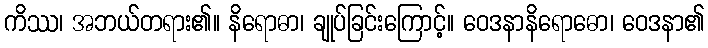
ကိဿ၊ အဘယ်တရား၏။ နိရောဓာ၊ ချုပ်ခြင်းကြောင့်။ ဝေဒနာနိရောဓော၊ ဝေဒနာ၏